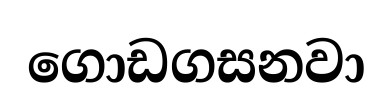
ගොඩගසනවා